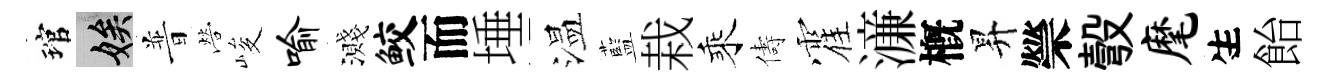
琯娭普營峻喻濺鲛而埵温藍栽乘儔霍濓槪昇禜彀麾生飴